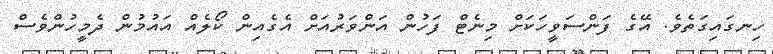
ހިނގައިގަތެވެ. އޭގެ ފަންސަވީހަކަށް މިނެޓް ފަހުން އަންވަރުއަށް އެގެއިން ކޯލެއް އައުމުން ދެމީހުންވެސް